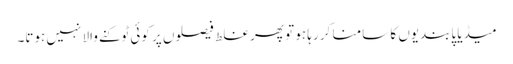
میڈیا پابندیوں کا سامنا کر رہا ہو تو پھر غلط فیصلوں پر کوئی ٹوکنے والا نہیں ہوتا۔